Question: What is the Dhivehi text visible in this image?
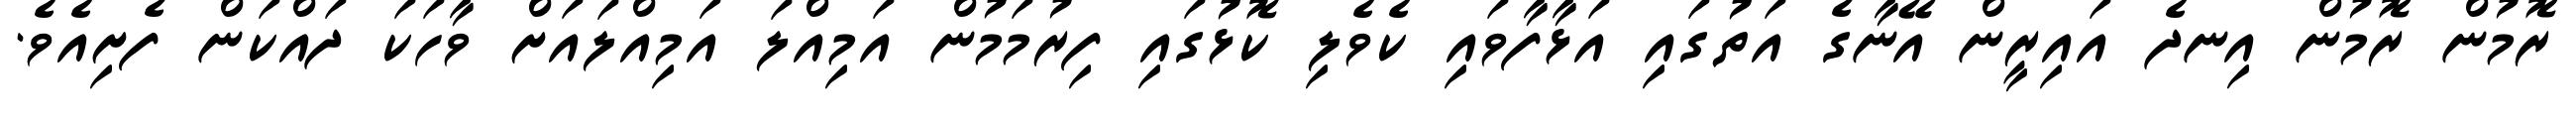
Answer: ރޮމުން ރޮމުން އިނދެ އައިރީން އޭނާގެ އަތުގައި އަޅާފާވައި ކެވެލި ކޮޅުގައި ފިރުމަމުން އަމިއްލަ އަމިއްލައަށް ވާހަކަ ދައްކަން ފެށިއެވެ.